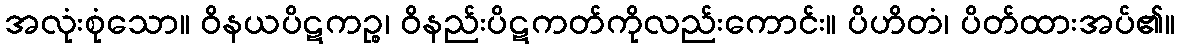
အလုံးစုံသော။ ဝိနယပိဋကဉ္စ၊ ဝိနည်းပိဋကတ်ကိုလည်းကောင်း။ ပိဟိတံ၊ ပိတ်ထားအပ်၏။